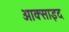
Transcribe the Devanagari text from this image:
आक्साइद